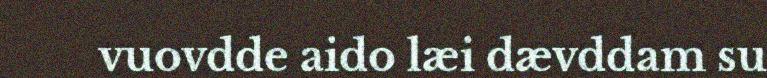
vuovdde aido læi dævddam su